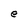
Character: e